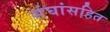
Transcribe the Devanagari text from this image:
संघांसहित